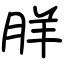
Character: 羘